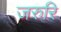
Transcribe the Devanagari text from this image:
जरुरि